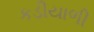
કડીયાળી